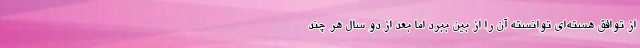
از توافق هسته‌ای توانسته آن را از بین ببرد اما بعد از دو سال هر چند